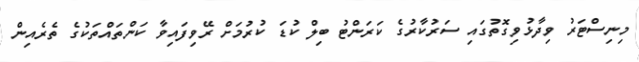
މިނިސްޓަރު ވިދާޅުވިގޮތުގައި ސަރުކާރުގެ ކަރަންޓު ބިލް ކުޑަ ކުރުމަށް ރޭވިފައިވާ ކަންތައްތަކުގެ ތެރެއިން